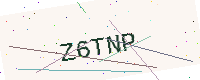
Text: Z6TNP